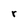
Character: r